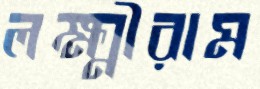
লক্ষ্মীরাম